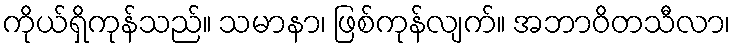
ကိုယ်ရှိကုန်သည်။ သမာနာ၊ ဖြစ်ကုန်လျက်။ အဘာဝိတသီလာ၊